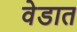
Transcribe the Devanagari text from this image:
वेडात